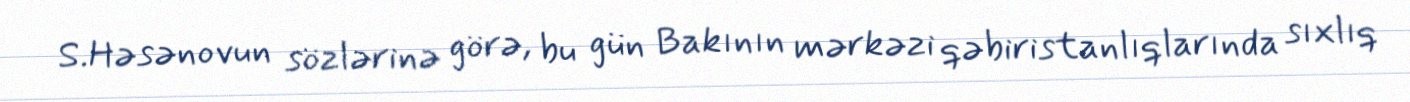
S.Həsənovun sözlərinə görə, bu gün Bakının mərkəzi qəbiristanlıqlarında sıxlıq